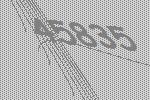
45835